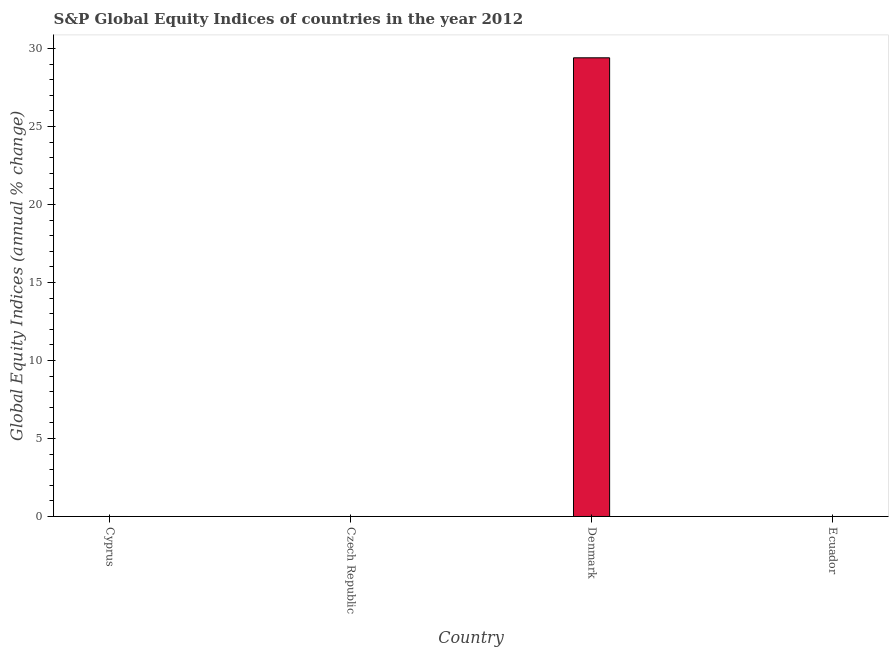
| Country | S&P Global Equity Indices |
 | --- | --- |
 | Cyprus | -41.2 |
 | Czech Republic | -3.23 |
 | Denmark | 29.4 |
 | Ecuador | -7.44 |